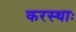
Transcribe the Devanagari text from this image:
करस्थाः